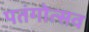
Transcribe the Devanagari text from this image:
पतंगोत्सव